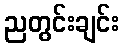
ညတွင်းချင်း